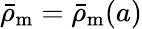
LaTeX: \bar{\rho}_{\mathrm{m}}=\bar{\rho}_{\mathrm{m}}(a)